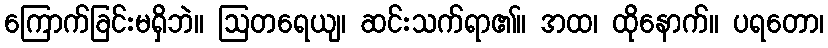
ကြောက်ခြင်းမရှိဘဲ။ ဩတရေယျ၊ ဆင်းသက်ရာ၏။ အထ၊ ထိုနောက်။ ပရတော၊